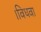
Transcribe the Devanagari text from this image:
।विधवा